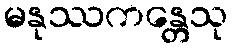
မနုဿကန္တေသု